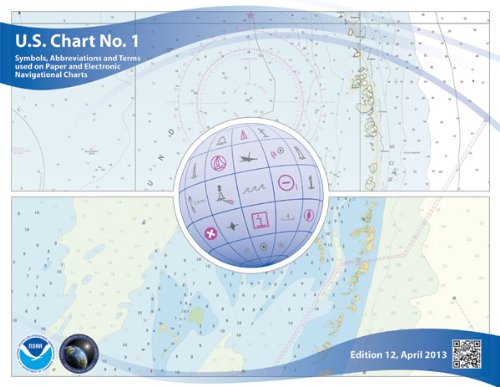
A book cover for U.S. Chart No. 1: Symbols, Abbreviations and Terms used on Paper and Electronic Navigational Charts, 12th edition; National Oceanic and Atmospheric Administration; Reference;